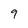
Character: 9